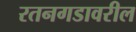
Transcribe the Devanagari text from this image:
रतनगडावरील